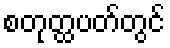
စတုတ္ထပတ်တွင်